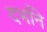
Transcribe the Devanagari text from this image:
दर्भाने